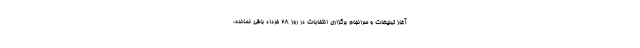
آغاز تبلیغات و سرانجام برگزاری انتخابات در روز ۲۸ خرداد باقی نمانده،